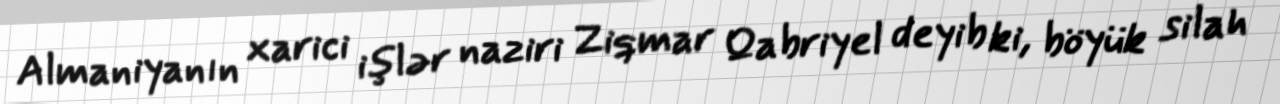
Almaniyanın xarici işlər naziri Ziqmar Qabriyel deyib ki, böyük silah